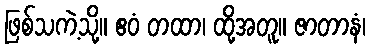
ဖြစ်သကဲ့သို့။ ဧဝံ တထာ၊ ထို့အတူ။ ဇာတာနံ၊